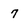
Character: 7